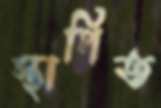
স্থাপিত